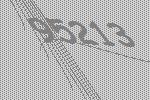
95213